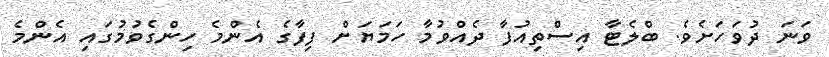
ވަނަ ދުވަހަށެވެ. ބްލެޓާ އިސްތިއުފާ ދެއްވުމާ ހަމަޔަށް ފިފާގެ އެންމެ ހިންގެވުމުގައި އެންމެ